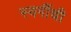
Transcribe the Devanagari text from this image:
स्वर्गीची